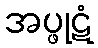
အပ္ဖုဋံ